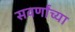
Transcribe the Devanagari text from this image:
सवर्णांच्या